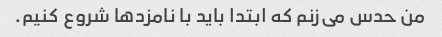
من حدس می‌زنم که ابتدا باید با نامزدها شروع کنیم.